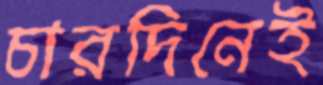
চারদিনেই